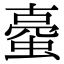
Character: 𧍾